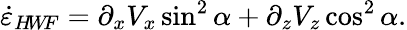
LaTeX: \dot{\varepsilon}_{H\! W\! F}=\partial_{x}V_{x}\sin^{2}\alpha+\partial_{z}V_{z}\cos^{2}\alpha.